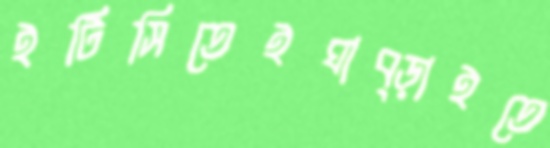
ইটিসিতেইঘাব্‌ড়াইতে